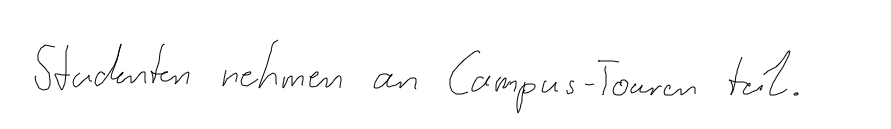
Studenten nehmen an Campus-Touren teil.